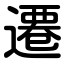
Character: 遷